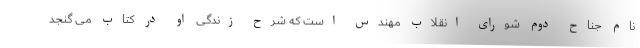
نام جناح دوم شورای انقلاب مهندس است که شرح زندگی او در کتاب می گنجد